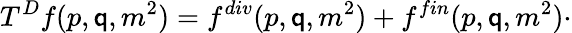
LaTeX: T^{D}f(p,\mathsf{q},m^{2})=f^{div}(p,\mathsf{q},m^{2})+f^{fin}(p,\mathsf{q},m^{2})\cdot